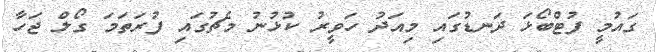
ގައުމީ ފުޓްބޯޅަ ދަނޑުގައި މިއަދު ހަވީރު ކުޅުނު މެޗުގައި ފުރަތަމަ ގޯލް ޖަހާ